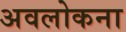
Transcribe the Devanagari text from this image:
अवलोकना